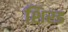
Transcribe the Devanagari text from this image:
शिरड